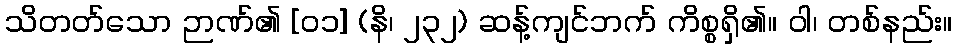
သိတတ်သော ဉာဏ်၏ [၀၁] (နိ၊ ၂၃၂) ဆန့်ကျင်ဘက် ကိစ္စရှိ၏။ ဝါ၊ တစ်နည်း။